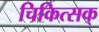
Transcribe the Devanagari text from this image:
चिकित्सक्